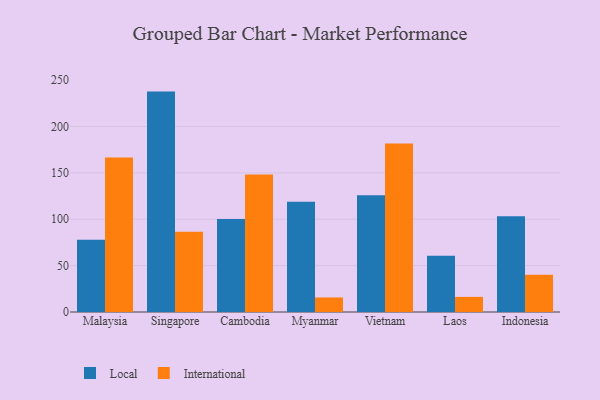
{"axis": {"x": "Country", "y": "Temperature (°C)"}, "legend": ["International", "Local"], "data": [{"x": "Malaysia", "y": 77.8, "type": "Local"}, {"x": "Malaysia", "y": 166.6, "type": "International"}, {"x": "Singapore", "y": 237.6, "type": "Local"}, {"x": "Singapore", "y": 86.6, "type": "International"}, {"x": "Cambodia", "y": 100.2, "type": "Local"}, {"x": "Cambodia", "y": 148.1, "type": "International"}, {"x": "Myanmar", "y": 118.9, "type": "Local"}, {"x": "Myanmar", "y": 15.7, "type": "International"}, {"x": "Vietnam", "y": 125.9, "type": "Local"}, {"x": "Vietnam", "y": 181.7, "type": "International"}, {"x": "Laos", "y": 60.7, "type": "Local"}, {"x": "Laos", "y": 16.3, "type": "International"}, {"x": "Indonesia", "y": 103.2, "type": "Local"}, {"x": "Indonesia", "y": 40.1, "type": "International"}]}